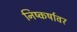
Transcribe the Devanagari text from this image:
निष्कर्षावर